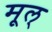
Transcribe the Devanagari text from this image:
मूल्